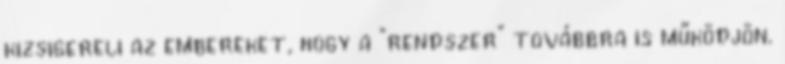
kizsigereli az embereket, hogy a "rendszer" továbbra is működjön.